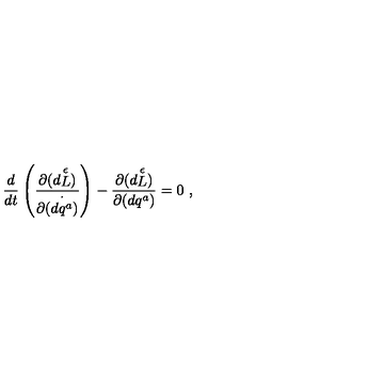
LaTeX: { \frac { d } { d t } } \left( { \frac { \partial { ( d { \stackrel { \epsilon } { L } } ) } } { \partial { ( \stackrel { \cdot } { d q ^ { a } } } ) } } \right) - { \frac { \partial { ( d { \stackrel { \epsilon } { L } } ) } } { \partial { ( d q ^ { a } ) } } } = 0 \ ,